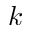
k